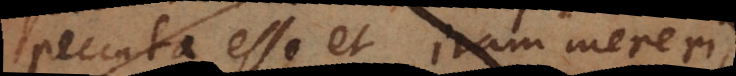
peccata, et iram mereri